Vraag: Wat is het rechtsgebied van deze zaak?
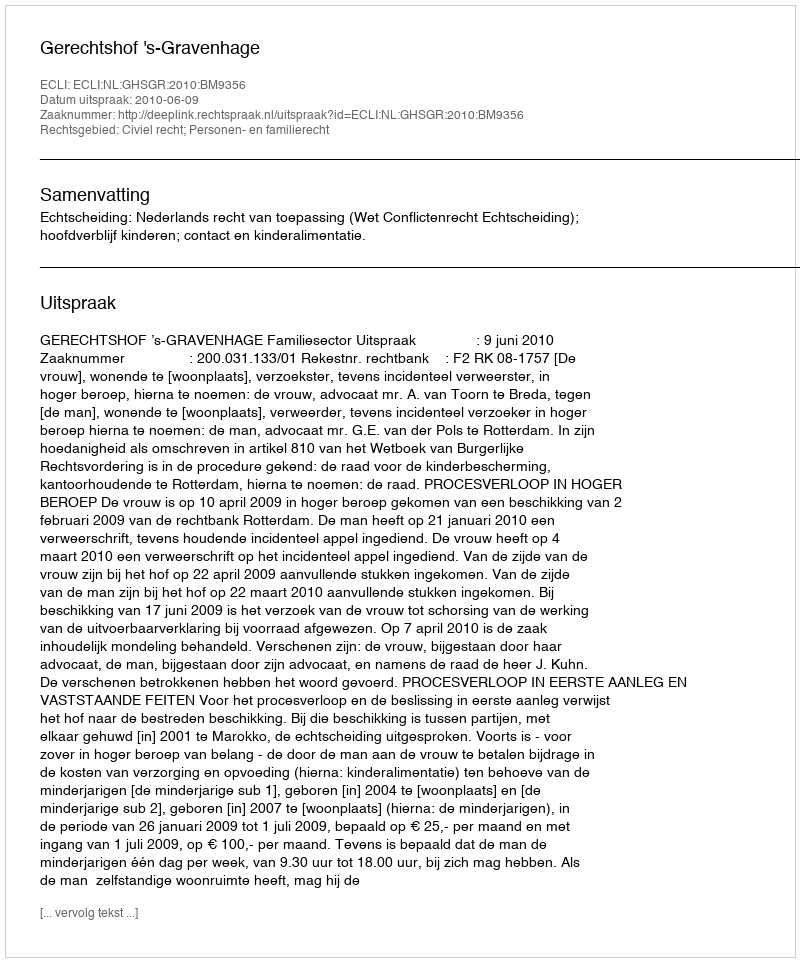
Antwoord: Civiel recht; Personen- en familierecht